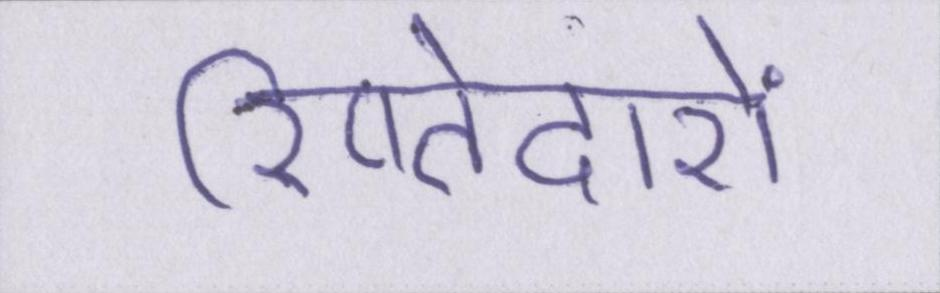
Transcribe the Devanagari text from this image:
रिष्तेदारों